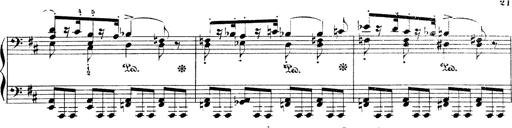
Title: Illustrations de l'opÃ©ra L'Africaine
Composer: Franz Liszt